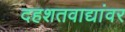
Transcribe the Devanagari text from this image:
दहशतवाद्यांवर